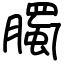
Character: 臅